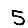
Digit: 5